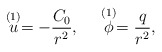
\begin{align*}\stackrel{(1)}{u} = -{C_0 \over r^2}, \ \ \ \ \stackrel{(1)}{\phi} = {q \over r^2},\end{align*}